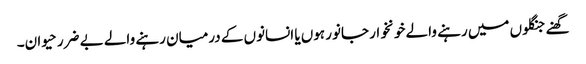
گھنے جنگلوں میں رہنے والے خونخوار جانور ہوں یا انسانوں کے درمیان رہنے والے بے ضرر حیوان۔